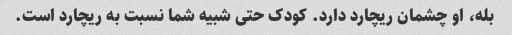
بله، او چشمان ریچارد دارد. کودک حتی شبیه شما نسبت به ریچارد است.